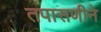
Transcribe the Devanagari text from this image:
तपासणीने